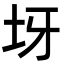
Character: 𡉪